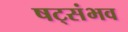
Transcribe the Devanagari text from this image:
षट्संभव